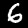
Label: 6